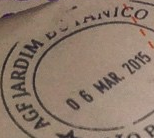
AGF IARDIM BOTANICO